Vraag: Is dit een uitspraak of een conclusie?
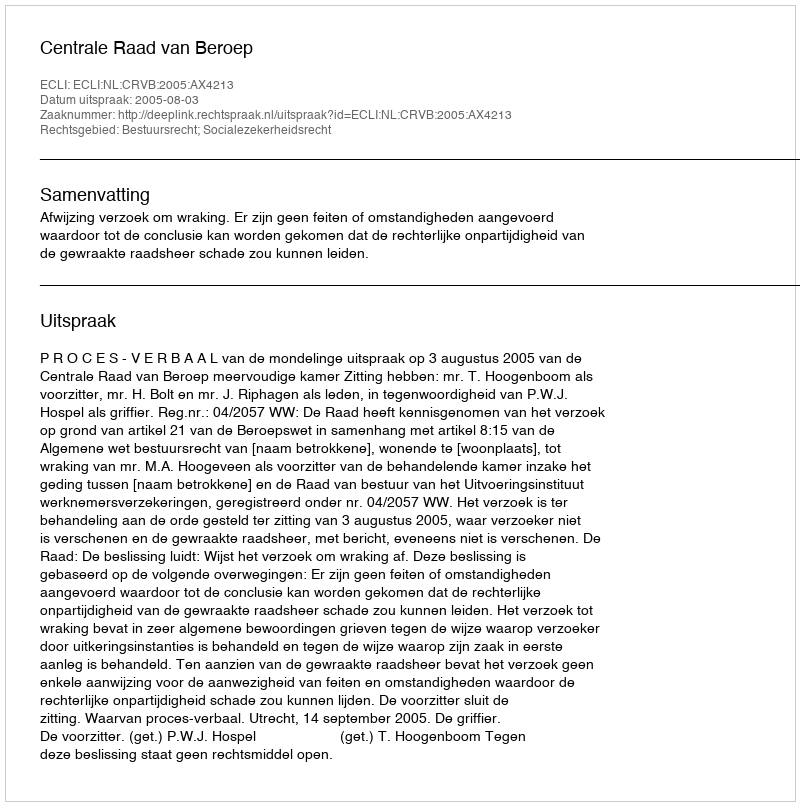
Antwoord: Uitspraak